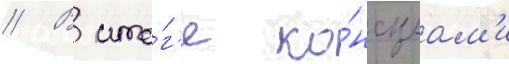
// В ито́г'е ко́нсулам'и